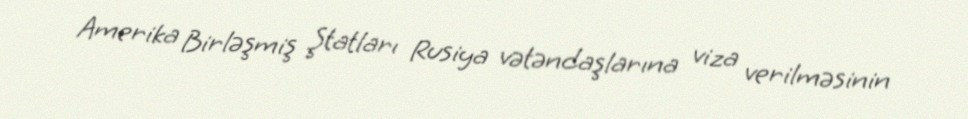
Amerika Birləşmiş Ştatları Rusiya vətəndaşlarına viza verilməsinin